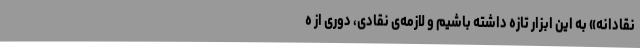
نقادانه» به این ابزار تازه داشته باشیم و لازمه‌ی نقادی، دوری از ه